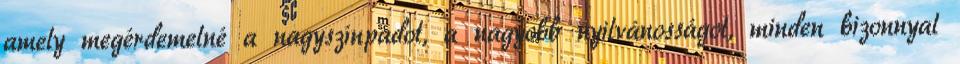
amely megérdemelné a nagyszínpadot, a nagyobb nyilvánosságot, minden bizonnyal